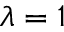
\lambda = 1